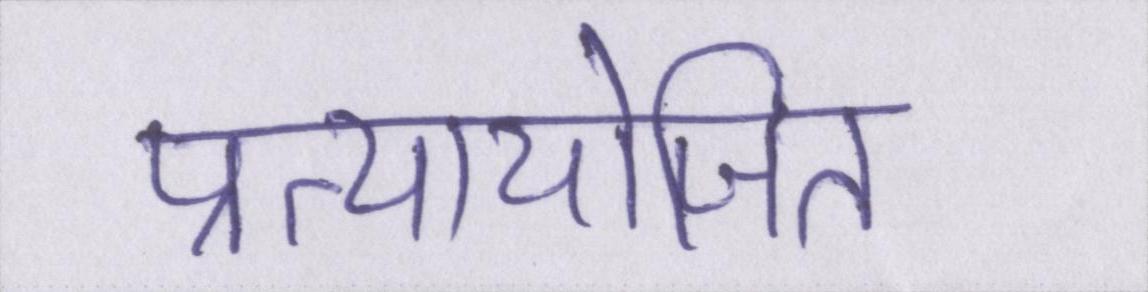
प्रत्यायोजित